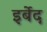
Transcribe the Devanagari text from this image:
इर्बेद